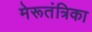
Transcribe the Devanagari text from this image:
मेरूतंत्रिका